Civil Veterinary Department. Madras. Admin. report 1926-33 - 1926-1933
Year: 1926
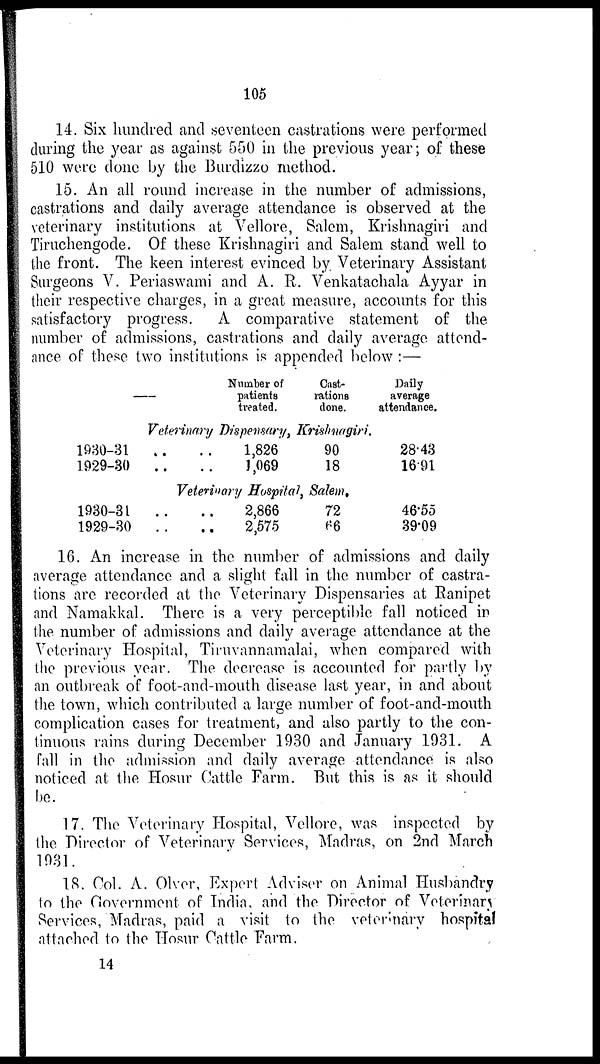
105
14. Six hundred and seventeen castrations were performed
during the year as against 550 in the previous year; of these
510 were done by the Burdizzo method.
15. An all round increase in the number of admissions,
castrations and daily average attendance is observed at the
veterinary institutions at Vellore, Salem, Krishnagiri and
Tiruchengode. Of these Krishnagiri and Salem stand well to
the front. The keen interest evinced by Veterinary Assistant
Surgeons V. Periaswami and A. R. Venkatachala Ayyar in
their respective charges, in a great measure, accounts for this
satisfactory progress.
A comparative statement of the
number of admissions, castrations and daily average attend-
ance of these two institutions is appended below :—
Number of
patients
treated.
Cast-
rations
done.
Daily
average
attendance.
Veterinary Dispensary, Krishnagiri.
1930-31 .. ..
1929-30 .. ..
1,826
1,069
90
18
28.43
16.91
Veterinary Hospital, Salem.
1930-31 .. ..
1929-30 .. ..
2,866
2,575
72
66
46.55
39.09
16. An increase in the number of admissions and daily
average attendance and a slight fall in the number of castra-
tions are recorded at the Veterinary Dispensaries at Ranipet
and Namakkal. There is a very perceptible fall noticed in
the number of admissions and daily average attendance at the
Veterinary Hospital, Tiruvannamalai, when compared with
the previous year. The decrease is accounted for partly by
an outbreak of foot-and-mouth disease last year, in and about
the town, which contributed a large number of foot-and-mouth
complication cases for treatment, and also partly to the con-
tinuous rains during December 1930 and January 1931. A
fall in the admission and daily average attendance is also
noticed at the Hosur Cattle Farm. But this is as it should
be.
17. The Veterinary Hospital, Vellore, was inspected by
the Director of Veterinary Services, Madras, on 2nd March
1931.
18. Col. A. Olver, Expert Adviser on Animal Husbandry
to the Government of India, and the Director of Veterinary
Services, Madras, paid a visit to the veterinary hospital
attached to the Hosur Cattle Farm.
14